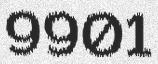
9901